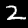
Digit: 2